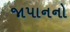
જાપાનનો